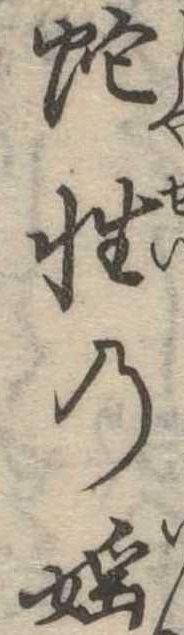
蛇性の淫